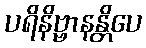
ပရိနိဗ္ဗာနန္တိပေ